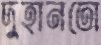
দুহানতো